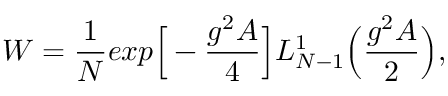
{ \cal W } = \frac { 1 } { N } e x p \Big [ - \frac { g ^ { 2 } \cal A } { 4 } \Big ] L _ { N - 1 } ^ { 1 } \Bigl ( \frac { g ^ { 2 } { \cal A } } { 2 } \Bigr ) ,